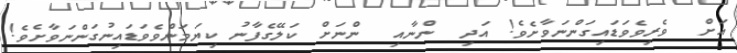
އަށް  ވެރިވެވަޑައިގަންނަވާށެވެ! އަދި  ންނާއި  ންނަށް ކަލޭގެފާނު ކިޔަމަންވެވަޑައިނުގަންނަވާށެވެ!